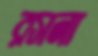
রসনা